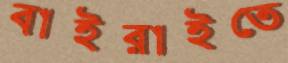
বাইরাইতে